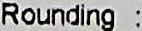
ROUNDING :